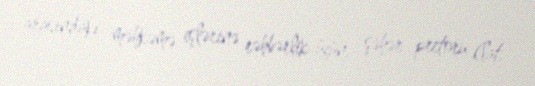
arasındakı məhkəmə işlərinə rəhbərlik üçün, şəhər pretoru (lat.